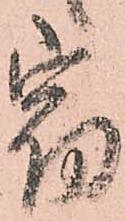
宿